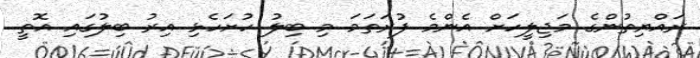
ރައްޔިތުންގެ މަޖިލީހަށް އެންމެ ފުރަތަމަ މި ބިލު ހުށަހެޅި އިރު ބިލުގައި އޮތީ